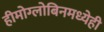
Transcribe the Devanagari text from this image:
हीमोग्लोबिनमध्येही